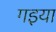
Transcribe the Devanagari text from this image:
गइया